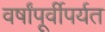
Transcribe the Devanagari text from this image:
वर्षांपूर्वीपर्यत